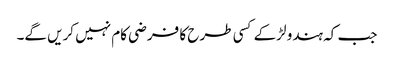
جب کہ ہندو لڑکے کسی طرح کا فرضی کام نہیں کریں گے۔